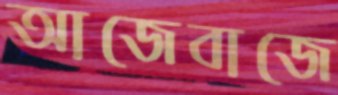
আজেবাজে